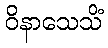
ဝိနာသေသိံ